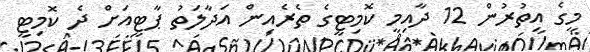
މީގެ އިތުރުން 12 ދާއިމީ ކޮމިޓީގެ ތެރެއިން އަދާލަތު ޕާޓީއަށް ދެ ކޮމިޓީ